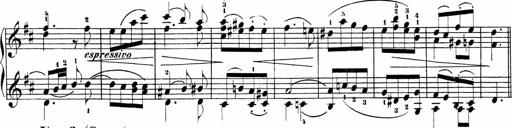
Title: Sonatinen Op.47, 98 und 136, nebst 6 Liedersonatinen
Composer: Carl Reinecke